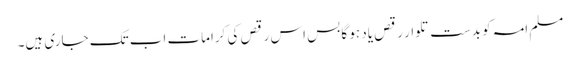
مسلم امہ کو بدست تلوار رقص یاد ہو گا بس اس رقص کی کرامات اب تک جاری ہیں۔